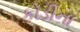
કોડીના